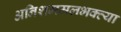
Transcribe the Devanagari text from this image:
अनिशममलभक्त्या